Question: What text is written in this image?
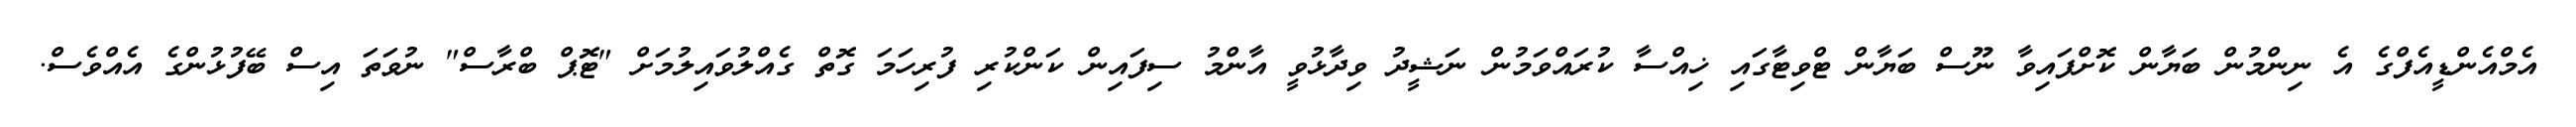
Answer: އެމްއެންޑީއެފްގެ އެ ނިންމުން ބަޔާން ކޮށްފައިވާ ނޫސް ބަޔާން ޓްވިޓާގައި ޚިއްސާ ކުރައްވަމުން ނަޝީދު ވިދާޅުވީ އާންމު ސިފައިން ކަންކުރި ފުރިހަމަ ގޮތް ގެއްލުވައިލުމަށް "ޓޮޕް ބްރާސް" ނުވަތަ އިސް ބޭފުޅުންގެ އެއްވެސް.